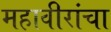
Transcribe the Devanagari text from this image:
महावीरांचा